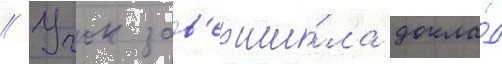
// Учок зав'ерши́ла докла́д